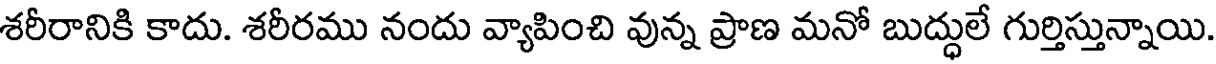
శరీరానికి కాదు. శరీరము నందు వ్యాపించి వున్న ప్రాణ మనో బుద్ధులే గుర్తిస్తున్నాయి.